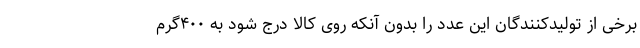
برخی از تولیدکنندگان این عدد را بدون آنکه روی کالا درج شود به ۴۰۰گرم